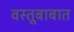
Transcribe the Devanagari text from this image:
वस्तूबाबात